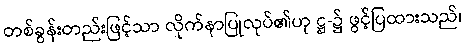
တစ်ခွန်းတည်းဖြင့်သာ လိုက်နာပြုလုပ်၏ဟု ဋ္ဌ-၌ ဖွင့်ပြထားသည်၊